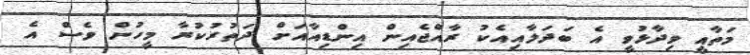
މަތާއީ ވިދާޅުވީ އެ ބަދަލާއިއެކު ރާއްޖެއިން އިންޑިއާއަށް ދަތުރުކުރާ މީހުން ވެސް އެ